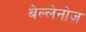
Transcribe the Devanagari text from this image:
बेल्लेनोज़